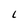
Character: 1